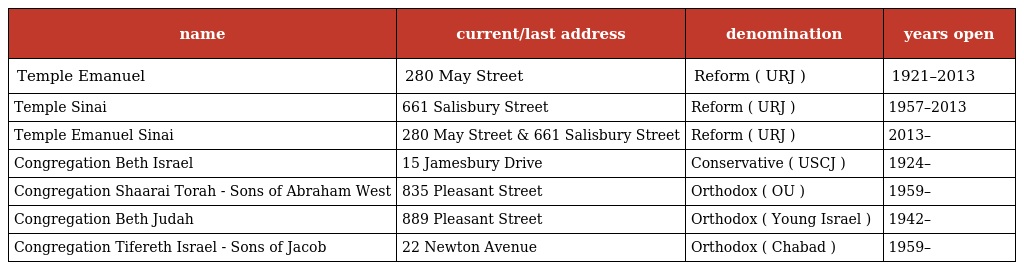
| name | current/last address | denomination | years open |
 | --- | --- | --- | --- |
 | Temple Emanuel | 280 May Street | Reform ( URJ ) | 1921–2013 |
 | Temple Sinai | 661 Salisbury Street | Reform ( URJ ) | 1957–2013 |
 | Temple Emanuel Sinai | 280 May Street & 661 Salisbury Street | Reform ( URJ ) | 2013– |
 | Congregation Beth Israel | 15 Jamesbury Drive | Conservative ( USCJ ) | 1924– |
 | Congregation Shaarai Torah - Sons of Abraham West | 835 Pleasant Street | Orthodox ( OU ) | 1959– |
 | Congregation Beth Judah | 889 Pleasant Street | Orthodox ( Young Israel ) | 1942– |
 | Congregation Tifereth Israel - Sons of Jacob | 22 Newton Avenue | Orthodox ( Chabad ) | 1959– |